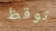
توقظ